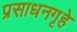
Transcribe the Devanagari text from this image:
प्रसाधनगृहे